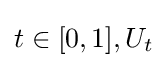
t\in [0,1],U_{t}